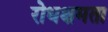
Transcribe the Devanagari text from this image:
रोधक्षमता